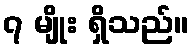
၇ မျိုး ရှိသည်။